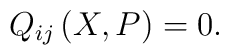
Q_{ij}\left( X,P\right) =0.